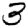
Digit: 3